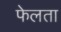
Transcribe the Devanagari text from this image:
फेलता